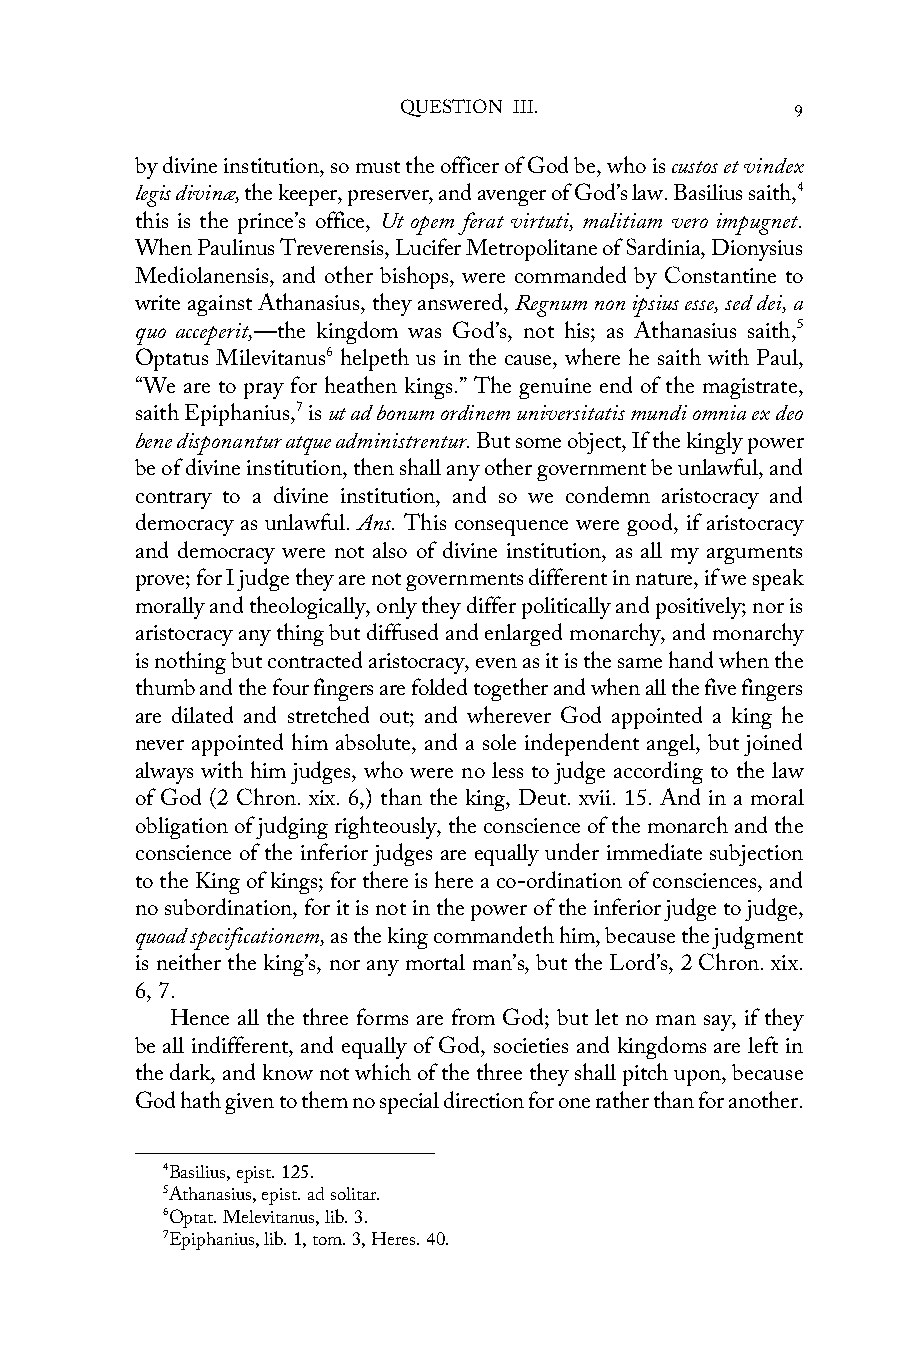
QUESTION III.              9
 by divine institution, so must the officer of God be, who is custos et vindex
 legis divinæ, the keeper, preserver, and avenger of God’s law. Basilius saith,4
 this is the prince’s office, Ut opem ferat virtuti, malitiam vero impugnet.
 When Paulinus Treverensis, Lucifer Metropolitane of Sardinia, Dionysius
 Mediolanensis, and other bishops, were commanded by Constantine to
 write against Athanasius, they answered, Regnum non ipsius esse, sed dei, a
 quo acceperit,—the kingdom was God’s, not his; as Athanasius saith,5
 Optatus Milevitanus6 helpeth us in the cause, where he saith with Paul,
 “We are to pray for heathen kings.” The genuine end of the magistrate,
 saith Epiphanius,7 is ut ad bonum ordinem universitatis mundi omnia ex deo
 bene disponantur atque administrentur. But some object, If the kingly power
 be of divine institution, then shall any other government be unlawful, and
 contrary to a divine institution, and so we condemn aristocracy and
 democracy as unlawful. Ans. This consequence were good, if aristocracy
 and democracy were not also of divine institution, as all my arguments
 prove; for I judge they are not governments different in nature, if we speak
 morally and theologically, only they differ politically and positively; nor is
 aristocracy any thing but diffused and enlarged monarchy, and monarchy
 is nothing but contracted aristocracy, even as it is the same hand when the
 thumb and the four fingers are folded together and when all the five fingers
 are dilated and stretched out; and wherever God appointed a king he
 never appointed him absolute, and a sole independent angel, but joined
 always with him judges, who were no less to judge according to the law
 of God (2 Chron. xix. 6,) than the king, Deut. xvii. 15. And in a moral
 obligation of judging righteously, the conscience of the monarch and the
 conscience of the inferior judges are equally under immediate subjection
 to the King of kings; for there is here a co-ordination of consciences, and
 no subordination, for it is not in the power of the inferior judge to judge,
 quoad specificationem, as the king commandeth him, because the judgment
 is neither the king’s, nor any mortal man’s, but the Lord’s, 2 Chron. xix.
 6, 7.
 Hence all the three forms are from God; but let no man say, if they
 be all indifferent, and equally of God, societies and kingdoms are left in
 the dark, and know not which of the three they shall pitch upon, because
 God hath given to them no special direction for one rather than for another.
 4Basilius, epist. 125.
 5Athanasius, epist. ad solitar.
 6Optat. Melevitanus, lib. 3.
 7Epiphanius, lib. 1, tom. 3, Heres. 40.